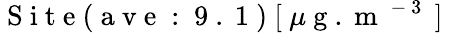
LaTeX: \mathrm{~S~i~t~e~(~a~v~e~:~9~.~1~)~[~}\mu\mathrm{~g~.~m~}^{\mathrm{~-~3~}}\mathrm{~]~}